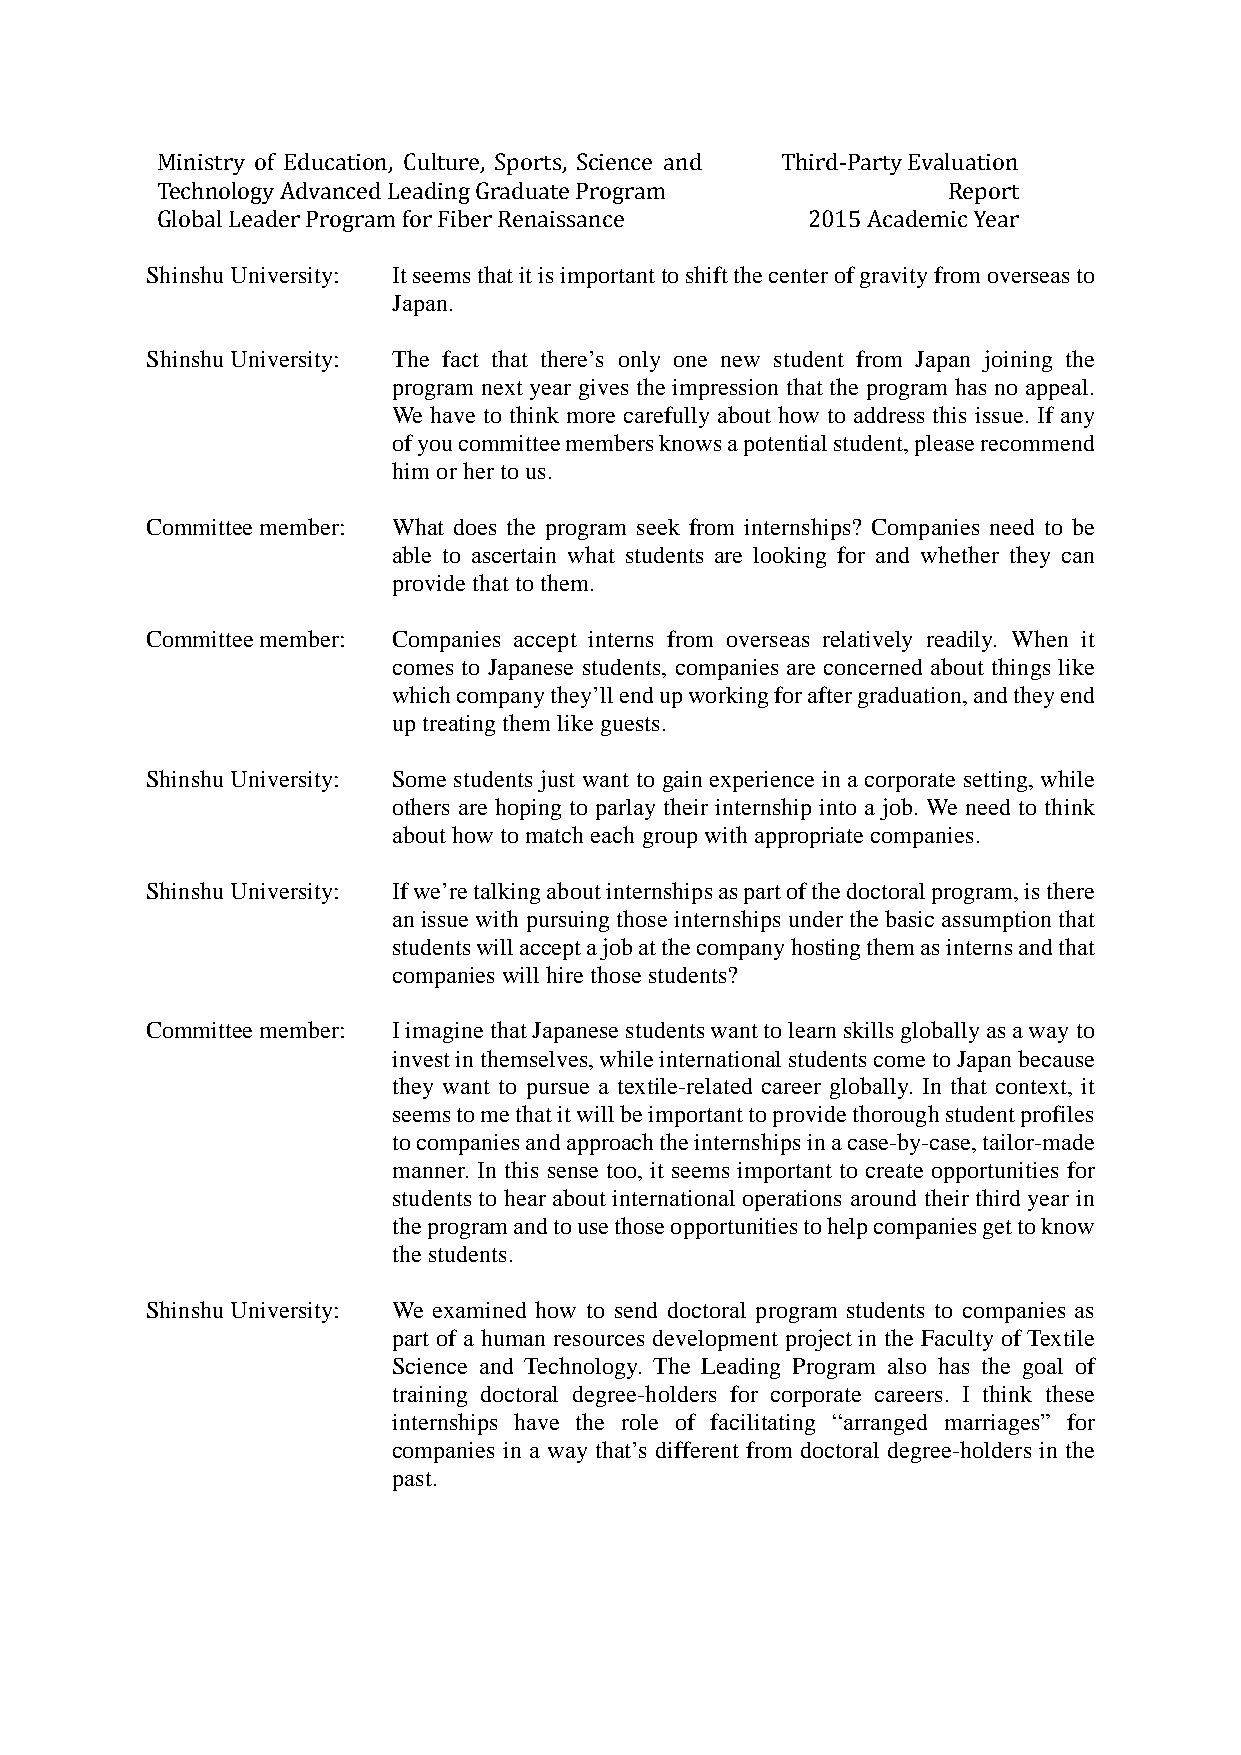
Ministry of Education, Culture, Sports, Science and Third-Party Evaluation
 Technology Advanced Leading Graduate Program         Report
 Global Leader Program for Fiber Renaissance 2015 Academic Year
 Shinshu University: It seems that it is important to shift the center of gravity from overseas to
 Japan.
 Shinshu University: The fact that there’s only one new student from Japan joining the
 program next year gives the impression that the program has no appeal.
 We have to think more carefully about how to address this issue. If any
 of you committee members knows a potential student, please recommend
 him or her to us.
 Committee member: What does the program seek from internships? Companies need to be
 able to ascertain what students are looking for and whether they can
 provide that to them.
 Committee member: Companies accept interns from overseas relatively readily. When it
 comes to Japanese students, companies are concerned about things like
 which company they’ll end up working for after graduation, and they end
 up treating them like guests.
 Shinshu University: Some students just want to gain experience in a corporate setting, while
 others are hoping to parlay their internship into a job. We need to think
 about how to match each group with appropriate companies.
 Shinshu University: If we’re talking about internships as part of the doctoral program, is there
 an issue with pursuing those internships under the basic assumption that
 students will accept a job at the company hosting them as interns and that
 companies will hire those students?
 Committee member: I imagine that Japanese students want to learn skills globally as a way to
 invest in themselves, while international students come to Japan because
 they want to pursue a textile-related career globally. In that context, it
 seems to me that it will be important to provide thorough student profiles
 to companies and approach the internships in a case-by-case, tailor-made
 manner. In this sense too, it seems important to create opportunities for
 students to hear about international operations around their third year in
 the program and to use those opportunities to help companies get to know
 the students.
 Shinshu University: We examined how to send doctoral program students to companies as
 part of a human resources development project in the Faculty of Textile
 Science and Technology. The Leading Program also has the goal of
 training doctoral degree-holders for corporate careers. I think these
 internships have the role of facilitating “arranged marriages” for
 companies in a way that’s different from doctoral degree-holders in the
 past.